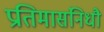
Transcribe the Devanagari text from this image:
प्रतिमासंनिधौ